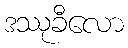
ဒဿုခီလော